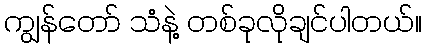
ကျွန်တော် သံနဲ့ တစ်ခုလိုချင်ပါတယ်။